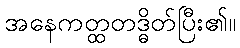
အနေကတ္ထတဒ္ဓိတ်ပြီး၏။